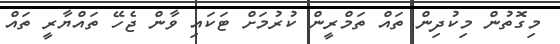
މިގޮތުން މިކުދިން ތައް ތަމްރީން ކުުުރުމަށް ޓަކައި ވާން ޖެހޭ ތައްޔާރީ ތައް